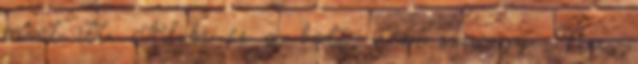
mint itt. Alibi ez a bolt, nem szívügy. Na,